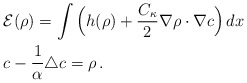
\begin{align*} &\mathcal{E}(\rho)= \int\Big( h(\rho) + \frac{C_\kappa}{2} \nabla \rho \cdot \nabla c\Big) \, dx\\ & c - \frac{1}{\alpha}\triangle c = \rho\, . \end{align*}